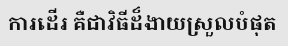
ការដើរ គឺជាវិធីដ៏ងាយស្រួលបំផុត